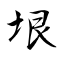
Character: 垠